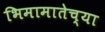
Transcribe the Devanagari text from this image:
भिमामातेच्या